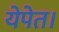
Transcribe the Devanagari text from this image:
येपेत।